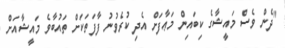
"ދެން ވެސް މައީޝާގެ ކިބައިން މަޢާފަށް އެދި ކުރެވުނު ފާފަތަކަށް ތައުބާވެ މައީޝާއަށް